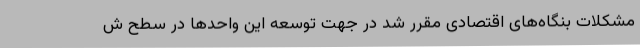
مشکلات بنگاه‌های اقتصادی مقرر شد در جهت توسعه این واحدها در سطح ش